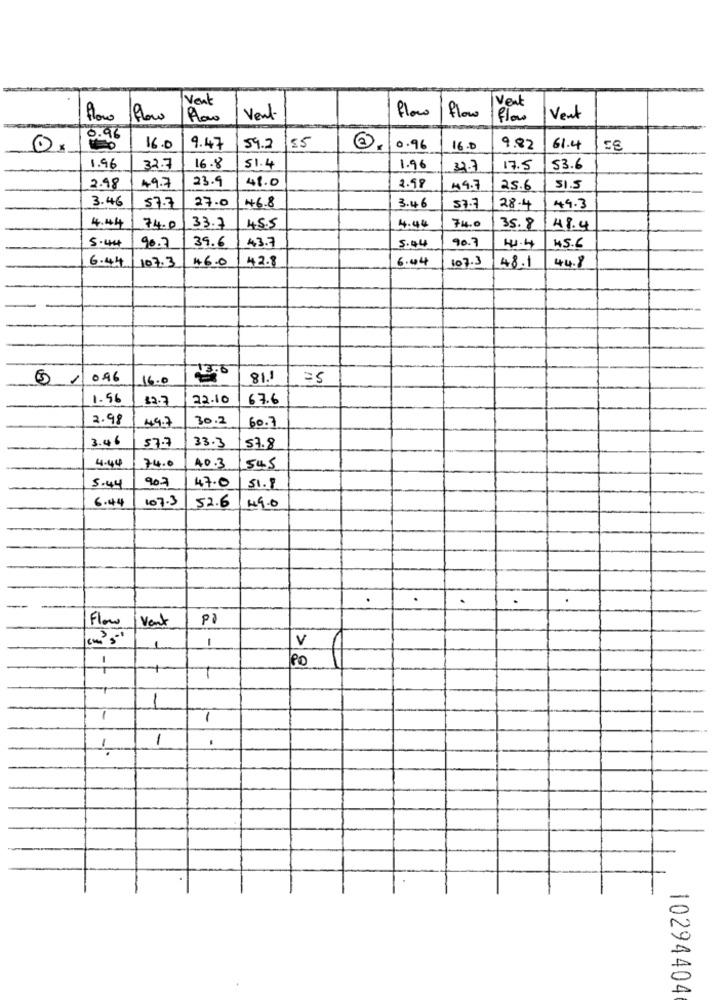
Vent
Vent
Aloro Flow
Vent
flow
flow
flow
Vent
0.96
16.0
9.47
59.2
55
0.96
16.0
9.82
61.4
1.96
32.7
16.8
51.4
1.96
32.7
17.5
53.6
49.7
23.9
48.0
2.98
2.98
44.7
25.6
SI.5
3.46
27.0
57.7
46.8
3.46
57.7
28.4
49.3
74.0
4.44
74.0
33.7
45.5
4.44
35.8
48.4
5.44
39.6
90.7
41.4
45.6
90.2
43.7
5.44
6.44
107.3
46.0
42.8
6.44
107.3
48.1
44.8
13.6
096
16.0
81.1
=5
1.56
12.7
22.10
67.6
2.98
44.7
30.2
60.7
3.46
57.7
33.3
57.8
4.44
74.0
40.3
545
907
47.0
5.44
51.8
6.44
107.3
52.6
149.0
Flow
Vent
Pa
-
V
1
1
PO
-
1
1
1
.
10294404